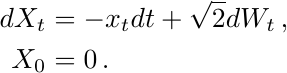
\begin{align*}
    dX_t &= -x_t dt  + \sqrt{2} dW_t\,,
\\  X_0 &= 0\,.
\end{align*}